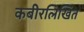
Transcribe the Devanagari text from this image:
कबीरलिखित